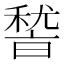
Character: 𮃛